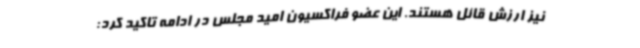
نیز ارزش قائل هستند. این عضو فراکسیون امید مجلس در ادامه تاکید کرد: